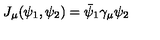
J _ { \mu } ( \psi _ { 1 } , \psi _ { 2 } ) = \bar { \psi } _ { 1 } \gamma _ { \mu } \psi _ { 2 }